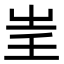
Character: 𡴍